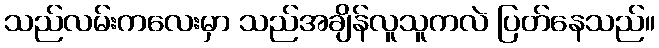
သည်လမ်းကလေးမှာ သည်အချိန်လူသူကလဲ ပြတ်နေသည်။